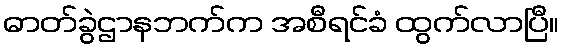
ဓာတ်ခွဲဌာနဘက်က အစီရင်ခံ ထွက်လာပြီ။